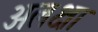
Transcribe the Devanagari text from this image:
अलक्षा